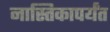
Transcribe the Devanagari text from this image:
नास्तिकापर्यंत